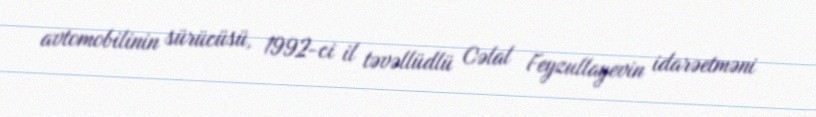
avtomobilinin sürücüsü, 1992-ci il təvəllüdlü Cəlal Feyzullayevin idarəetməni